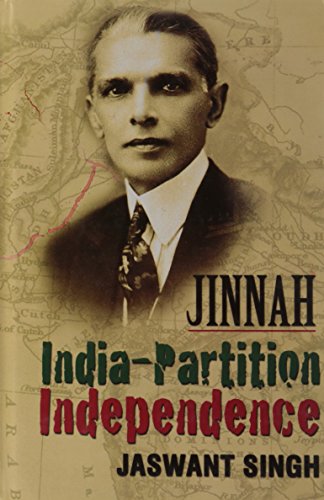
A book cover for Jinnah India- Partition Independence; Jaswant Singh; History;